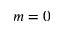
m = 0